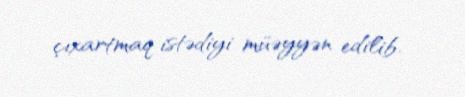
çıxartmaq istədiyi müəyyən edilib.